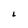
Character: L